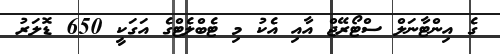
ގެ އިންޓާނަލް ސްޓޯރޭޖް އާއި އެކު މި ޓެބްލެޓްގެ އަގަކީ 650 ޑޮލަރު